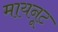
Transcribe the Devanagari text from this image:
मायनूट